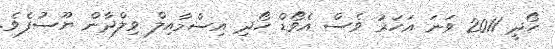
ހޯދީ 2011 ވަނަ އަހަރު ވެސް އެވޯޑް ހޯދި އިސްމާއިލް ވިލްދާން ޔޫސުފެވެ.